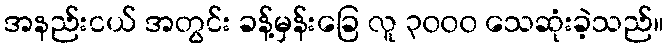
အနည်းငယ် အတွင်း ခန့်မှန်းခြေ လူ ၃၀၀၀ သေဆုံးခဲ့သည်။